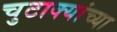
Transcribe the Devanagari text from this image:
चुटाक्यांच्या